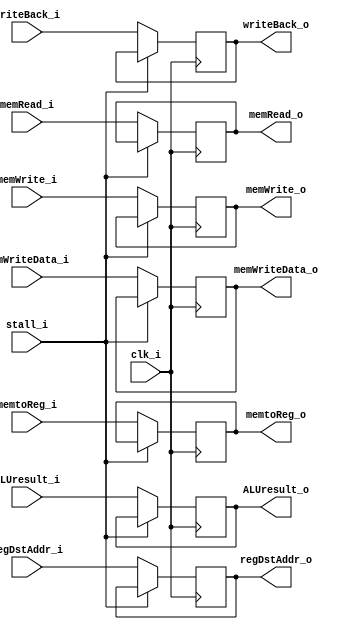
module EXMEM_Reg 
(
	clk_i,
	writeBack_i,
	memtoReg_i,
	memRead_i,
	memWrite_i,
	ALUresult_i,
	memWriteData_i,
	regDstAddr_i,
	stall_i,
	
	writeBack_o,
	memtoReg_o,
	memRead_o,
	memWrite_o,
	ALUresult_o,
	memWriteData_o,
	regDstAddr_o
);

// Ports
input				clk_i;
input				writeBack_i;
input				memtoReg_i;
input				memRead_i;
input				memWrite_i;
input	[31:0]		ALUresult_i;
input	[31:0]		memWriteData_i;
input	[4:0]		regDstAddr_i;
input				stall_i;

output				writeBack_o;
output				memtoReg_o;
output				memRead_o;
output				memWrite_o;
output	[31:0]		ALUresult_o;
output	[31:0]		memWriteData_o;
output	[4:0]		regDstAddr_o;

// Register File

reg				writeBack;
reg				memtoReg;
reg				memRead;
reg				memWrite;
reg	[31:0]		ALUresult;
reg	[31:0]		memWriteData;
reg	[4:0]		regDstAddr;

// Read Data	  

assign writeBack_o = writeBack;
assign memtoReg_o = memtoReg;
assign memRead_o = memRead;
assign memWrite_o = memWrite;
assign ALUresult_o = ALUresult;
assign memWriteData_o = memWriteData;
assign regDstAddr_o = regDstAddr;

// Write Data   
always@(posedge clk_i) begin
	if(stall_i) begin
		
	end
	else begin
		writeBack <= writeBack_i;
		memtoReg <= memtoReg_i;
		memRead <= memRead_i;
		memWrite <= memWrite_i;
		ALUresult <= ALUresult_i;
		memWriteData <= memWriteData_i;
		regDstAddr <= regDstAddr_i;	
	end
end
   
endmodule